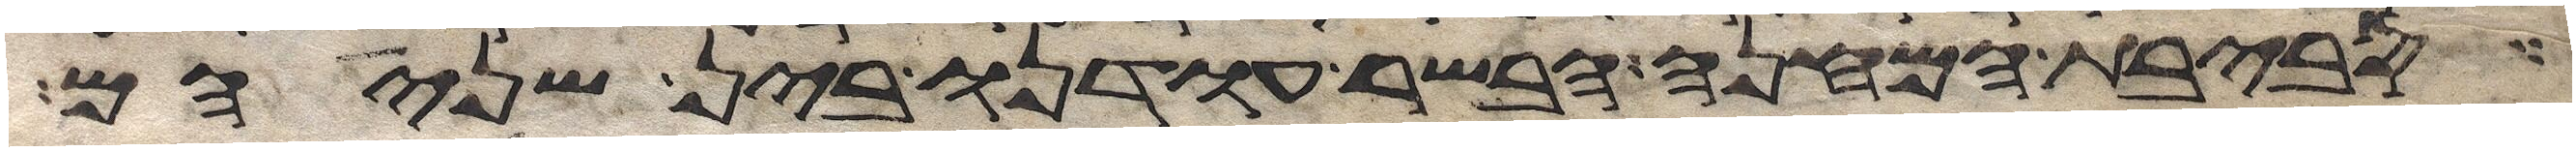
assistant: סביבת המחנה הבשר עודנו בין שניהם